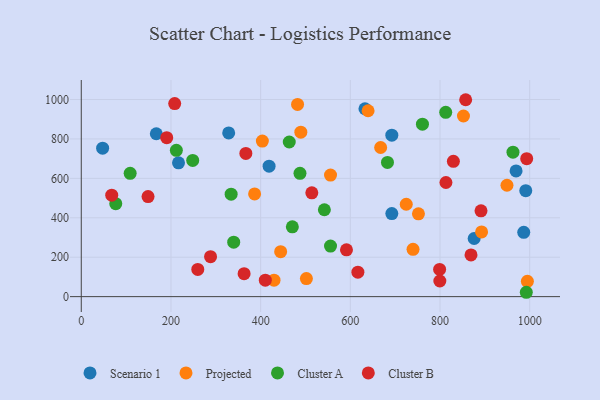
{"axis": {"x": "Engine Size", "y": "Profit"}, "legend": ["Cluster A", "Cluster B", "Projected", "Scenario 1"], "data": [{"x": "692.5", "y": 819.3, "type": "Scenario 1"}, {"x": "632.6", "y": 953.1, "type": "Scenario 1"}, {"x": "876.1", "y": 295.0, "type": "Scenario 1"}, {"x": "991.2", "y": 537.8, "type": "Scenario 1"}, {"x": "216.8", "y": 678.8, "type": "Scenario 1"}, {"x": "418.8", "y": 661.8, "type": "Scenario 1"}, {"x": "986.7", "y": 326.5, "type": "Scenario 1"}, {"x": "692.5", "y": 421.5, "type": "Scenario 1"}, {"x": "167.3", "y": 826.5, "type": "Scenario 1"}, {"x": "328.7", "y": 830.6, "type": "Scenario 1"}, {"x": "47.6", "y": 753.1, "type": "Scenario 1"}, {"x": "969.6", "y": 637.7, "type": "Scenario 1"}, {"x": "639.6", "y": 943.1, "type": "Projected"}, {"x": "949.3", "y": 565.0, "type": "Projected"}, {"x": "444.6", "y": 228.2, "type": "Projected"}, {"x": "667.6", "y": 756.5, "type": "Projected"}, {"x": "724.7", "y": 468.8, "type": "Projected"}, {"x": "403.8", "y": 789.4, "type": "Projected"}, {"x": "482.3", "y": 975.2, "type": "Projected"}, {"x": "429.8", "y": 83.7, "type": "Projected"}, {"x": "502.0", "y": 91.5, "type": "Projected"}, {"x": "852.3", "y": 916.5, "type": "Projected"}, {"x": "892.7", "y": 328.4, "type": "Projected"}, {"x": "739.8", "y": 239.8, "type": "Projected"}, {"x": "751.9", "y": 420.2, "type": "Projected"}, {"x": "994.8", "y": 77.6, "type": "Projected"}, {"x": "555.8", "y": 616.8, "type": "Projected"}, {"x": "386.5", "y": 521.2, "type": "Projected"}, {"x": "489.6", "y": 834.6, "type": "Projected"}, {"x": "555.8", "y": 256.3, "type": "Cluster A"}, {"x": "962.7", "y": 732.9, "type": "Cluster A"}, {"x": "339.9", "y": 276.3, "type": "Cluster A"}, {"x": "76.9", "y": 471.5, "type": "Cluster A"}, {"x": "682.8", "y": 681.0, "type": "Cluster A"}, {"x": "812.7", "y": 935.0, "type": "Cluster A"}, {"x": "992.4", "y": 22.1, "type": "Cluster A"}, {"x": "542.1", "y": 440.7, "type": "Cluster A"}, {"x": "334.2", "y": 519.8, "type": "Cluster A"}, {"x": "470.7", "y": 354.1, "type": "Cluster A"}, {"x": "212.0", "y": 742.5, "type": "Cluster A"}, {"x": "487.7", "y": 625.5, "type": "Cluster A"}, {"x": "760.8", "y": 874.9, "type": "Cluster A"}, {"x": "463.8", "y": 784.6, "type": "Cluster A"}, {"x": "248.5", "y": 691.1, "type": "Cluster A"}, {"x": "109.0", "y": 625.4, "type": "Cluster A"}, {"x": "857.2", "y": 999.0, "type": "Cluster B"}, {"x": "367.0", "y": 726.5, "type": "Cluster B"}, {"x": "591.4", "y": 237.7, "type": "Cluster B"}, {"x": "190.5", "y": 806.5, "type": "Cluster B"}, {"x": "148.9", "y": 507.6, "type": "Cluster B"}, {"x": "813.2", "y": 579.0, "type": "Cluster B"}, {"x": "410.4", "y": 83.3, "type": "Cluster B"}, {"x": "259.8", "y": 138.0, "type": "Cluster B"}, {"x": "514.1", "y": 526.9, "type": "Cluster B"}, {"x": "616.8", "y": 124.0, "type": "Cluster B"}, {"x": "799.6", "y": 79.3, "type": "Cluster B"}, {"x": "799.1", "y": 137.8, "type": "Cluster B"}, {"x": "869.1", "y": 211.4, "type": "Cluster B"}, {"x": "993.3", "y": 700.1, "type": "Cluster B"}, {"x": "891.4", "y": 435.2, "type": "Cluster B"}, {"x": "67.9", "y": 514.5, "type": "Cluster B"}, {"x": "363.1", "y": 116.4, "type": "Cluster B"}, {"x": "288.3", "y": 202.6, "type": "Cluster B"}, {"x": "829.8", "y": 686.5, "type": "Cluster B"}, {"x": "208.3", "y": 979.5, "type": "Cluster B"}]}